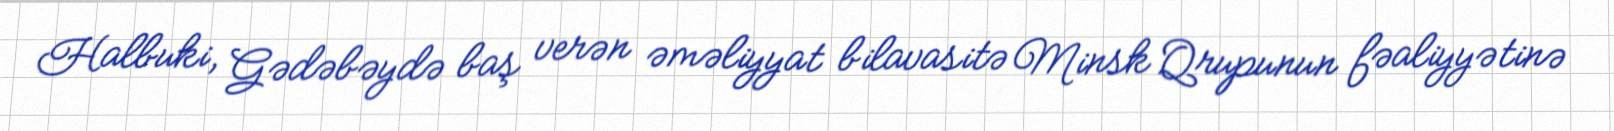
Halbuki, Gədəbəydə baş verən əməliyyat bilavasitə Minsk Qrupunun fəaliyyətinə